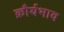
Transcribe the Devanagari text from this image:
क्रौर्यभाव